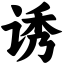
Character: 诱